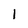
Character: l